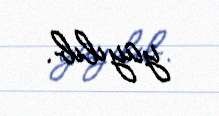
yayılıb.